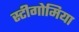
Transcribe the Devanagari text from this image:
स्टीगोमिया